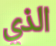
الذي